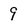
Character: 9